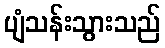
ပျံသန်းသွားသည်